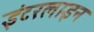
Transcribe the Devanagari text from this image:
इंटरलाइन